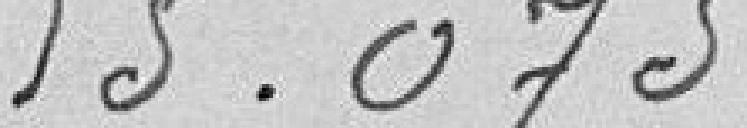
15,075